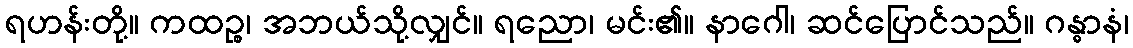
ရဟန်းတို့။ ကထဉ္စ၊ အဘယ်သို့လျှင်။ ရညော၊ မင်း၏။ နာဂေါ၊ ဆင်ပြောင်သည်။ ဂန္ဓာနံ၊